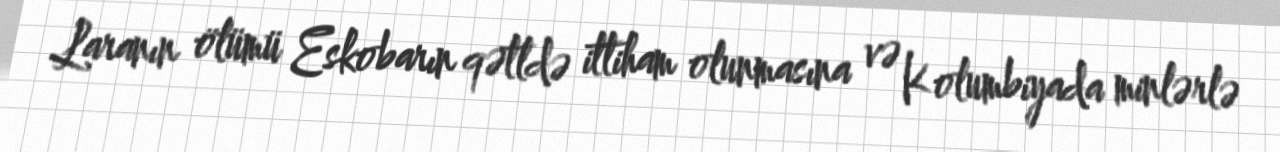
Laranın ölümü Eskobarın qətldə ittiham olunmasına və Kolumbiyada minlərlə